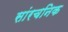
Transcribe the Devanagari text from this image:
सांरचनिक